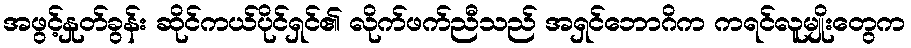
အဖွင့်နှုတ်ခွန်း ဆိုင်ကယ်ပိုင်ရှင်၏ လိုက်ဖက်ညီသည် အရှင်ဘောဂိက ကရင်လူမျိုးတွေက